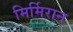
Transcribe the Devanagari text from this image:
मिर्मिरान